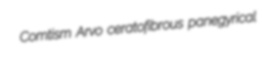
Comtism Arvo ceratofibrous panegyrical